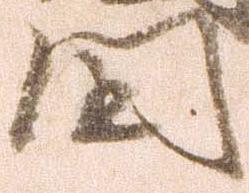
田